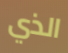
الذي